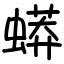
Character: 蟒